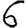
Digit: 6